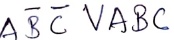
Text: ABCVABC